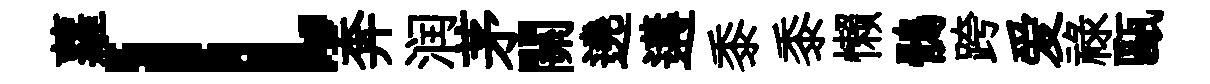
蘿l奔润茅關遶遘黍黍懒鶻跨爱祿甌